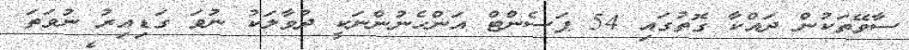
ސާވޭތަކުން ދައްކާ ގޮތުގައި 54 ޕަސެންޓް އަންހެނުންނަކީ ދުވާލަކު ނުވަ ގަޑިއިރު ނުވަތަ